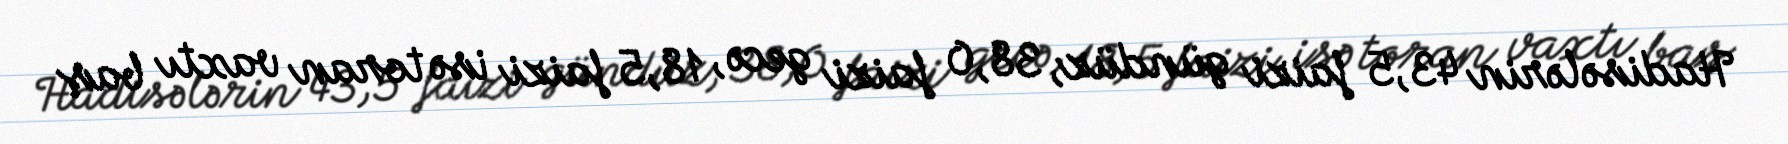
Hadisələrin 43,5 faizi gündüz, 38,0 faizi gecə, 18,5 faizi isə toran vaxtı baş